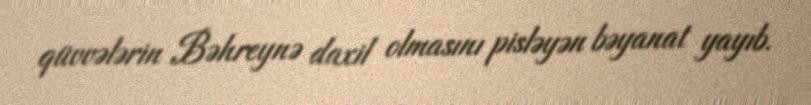
qüvvələrin Bəhreynə daxil olmasını pisləyən bəyanat yayıb.